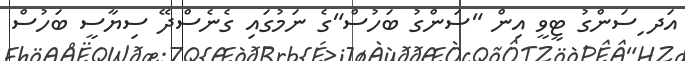
އަދ ިސަންގު ޓީވީ އިން "ސަންގު ބަހުސް"ގެ ނަމުގައި ގެނެސްދޭ ސިޔާސީ ބަހުސް